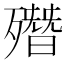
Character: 𣩳